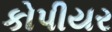
કોપીયર